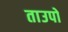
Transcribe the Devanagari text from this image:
ताउपो